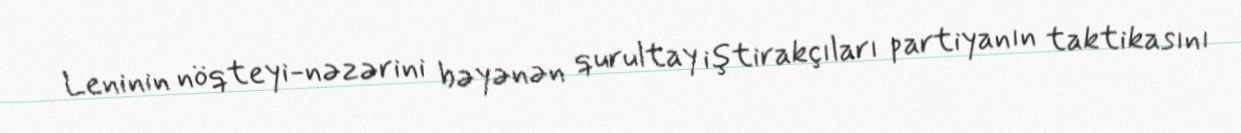
Leninin nöqteyi-nəzərini bəyənən qurultay iştirakçıları partiyanın taktikasını